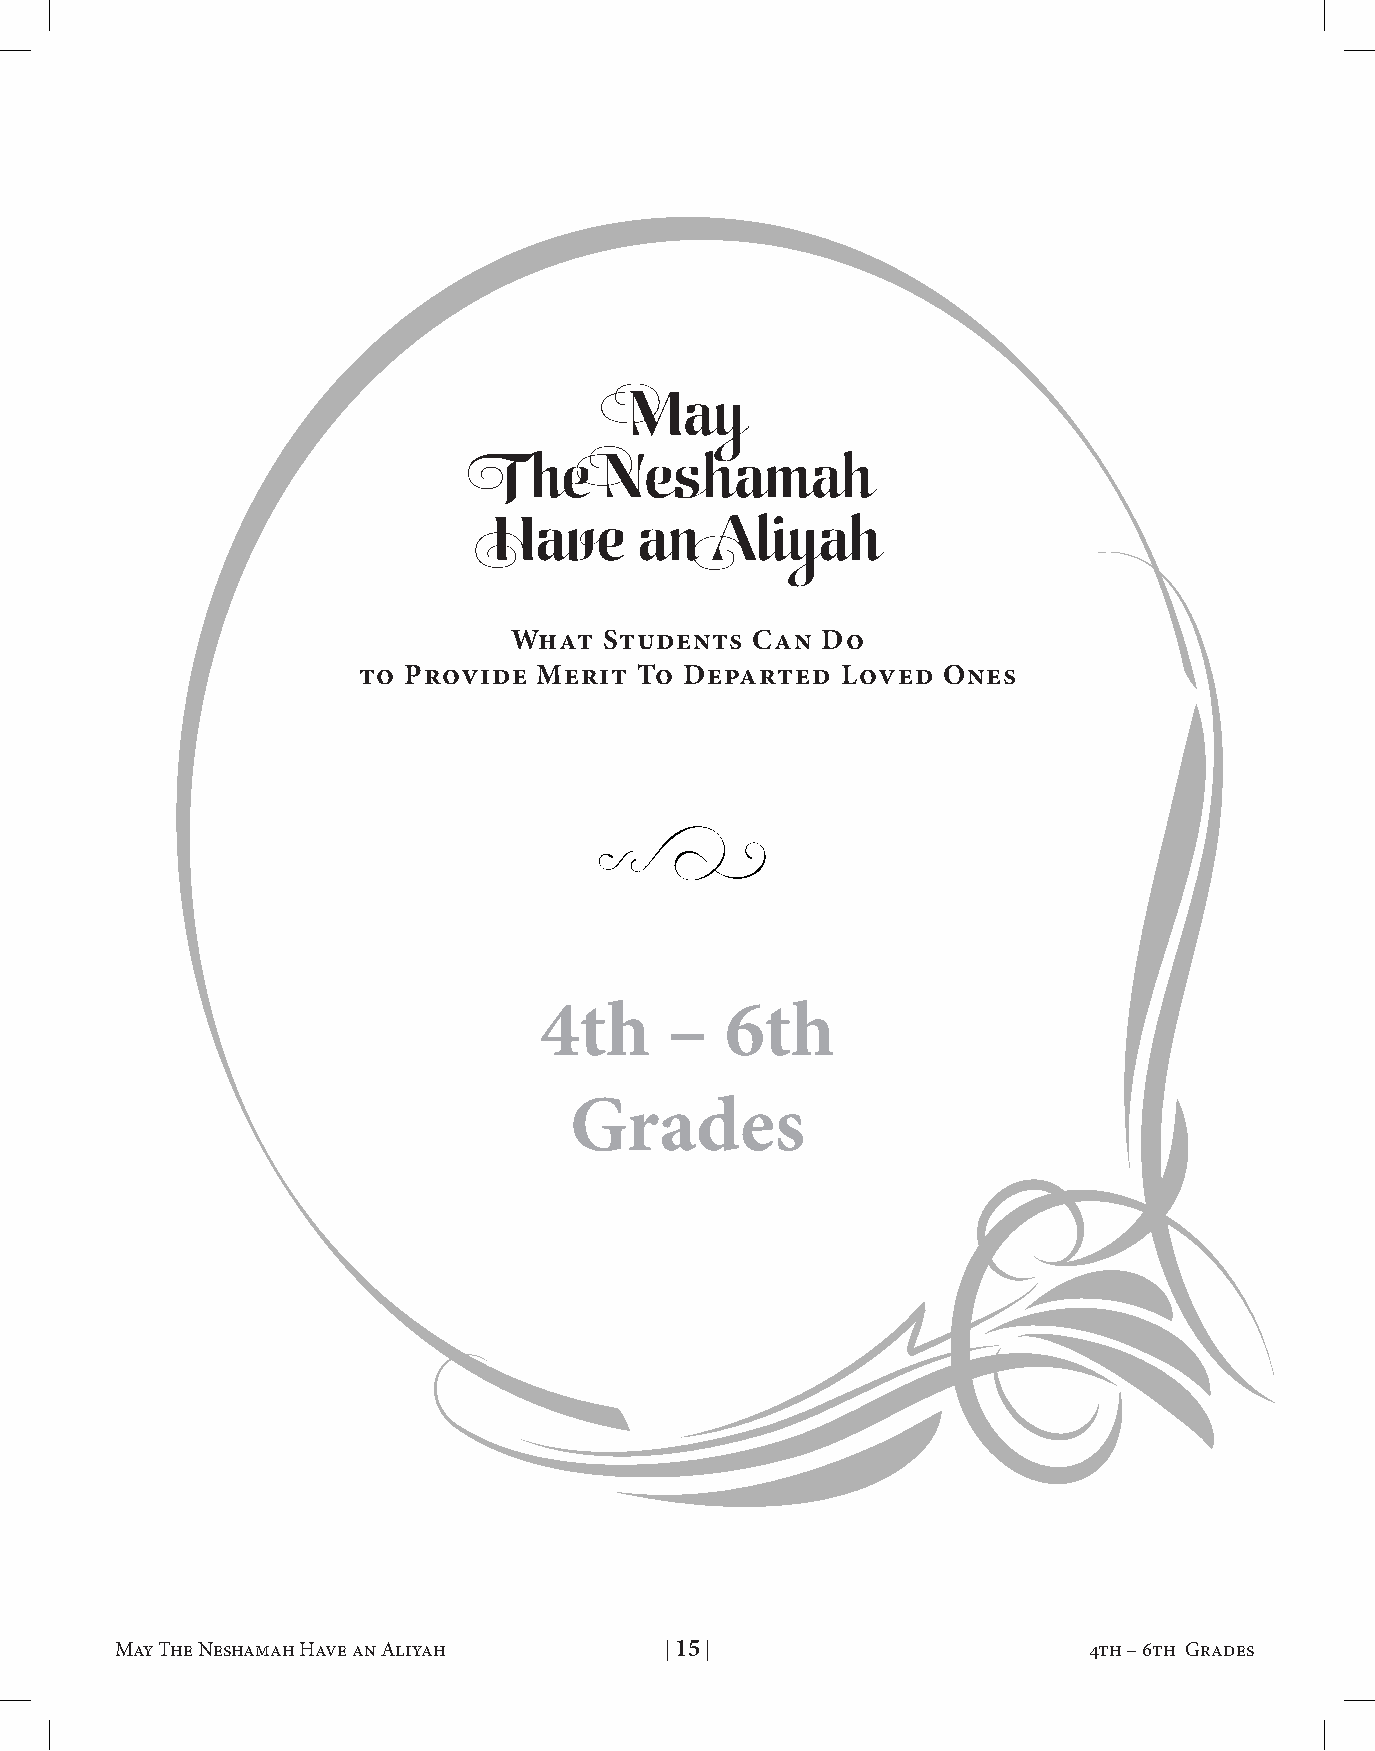
May
 The    Neshamah
 Have     an   Aliyah
 What  students  Can Do
 to Provide  Merit To Departed   loved Ones
 4th     –   6th
 Grades
 May The Neshamah Have an Aliyah     | 15 |                      4th – 6th Grades    May The Neshamah Have an Aliyah     | 16 |                       4th – 6th Grades